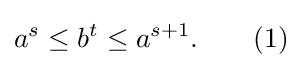
a^{s}\leq b^{t}\leq a^{s+1}.\qquad (1)